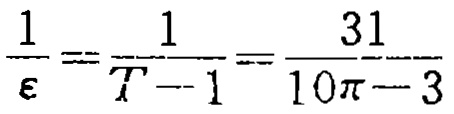
\frac{1}{\varepsilon}=\frac{1}{T - 1}=\frac{31}{10\pi - 3}